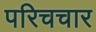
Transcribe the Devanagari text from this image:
परिचचार